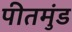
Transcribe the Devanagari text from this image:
पीतमुंड